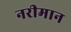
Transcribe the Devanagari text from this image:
नरीमान